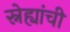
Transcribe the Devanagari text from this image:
स्नेह्यांची